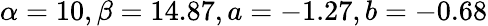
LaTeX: \alpha=10,\beta=14.87,a=-1.27,b=-0.68